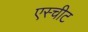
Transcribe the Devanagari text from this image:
एस्चीट